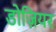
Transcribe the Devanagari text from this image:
डोज़ियर